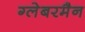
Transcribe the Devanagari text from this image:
ग्लेबरमैन